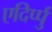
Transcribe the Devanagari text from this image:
एदिर्प्पु